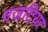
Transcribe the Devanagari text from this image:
गजटियर